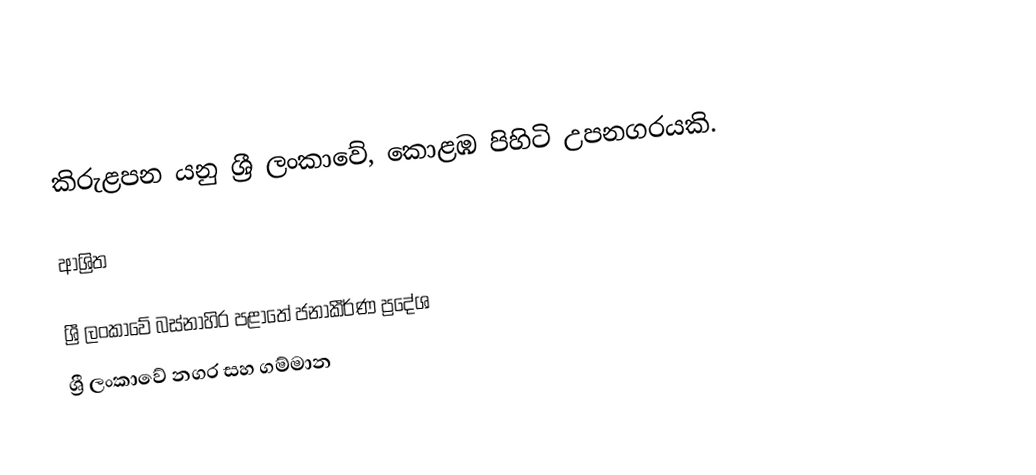
කිරුළපන යනු ශ්‍රී ලංකාවේ, කොළඹ පිහිටි උපනගරයකි.

ආශ්‍රිත

ශ්‍රී ලංකාවේ බස්නාහිර පළාතේ ජනාකීර්ණ ප්‍රදේශ
ශ්‍රී ලංකාවේ නගර සහ ගම්මාන